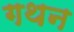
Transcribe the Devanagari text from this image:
गथन